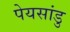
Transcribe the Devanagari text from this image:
पेयसांडु